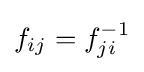
f_{ij}=f_{ji}^{-1}